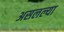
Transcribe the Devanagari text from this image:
असलल्या